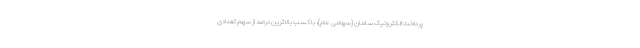
پرداخت الکترونیک سامان (سهامی عام)، با کسب بالاترین درصد از سهم تعدادی